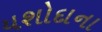
યશોદાના